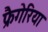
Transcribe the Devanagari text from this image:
फ्रैगेरिया